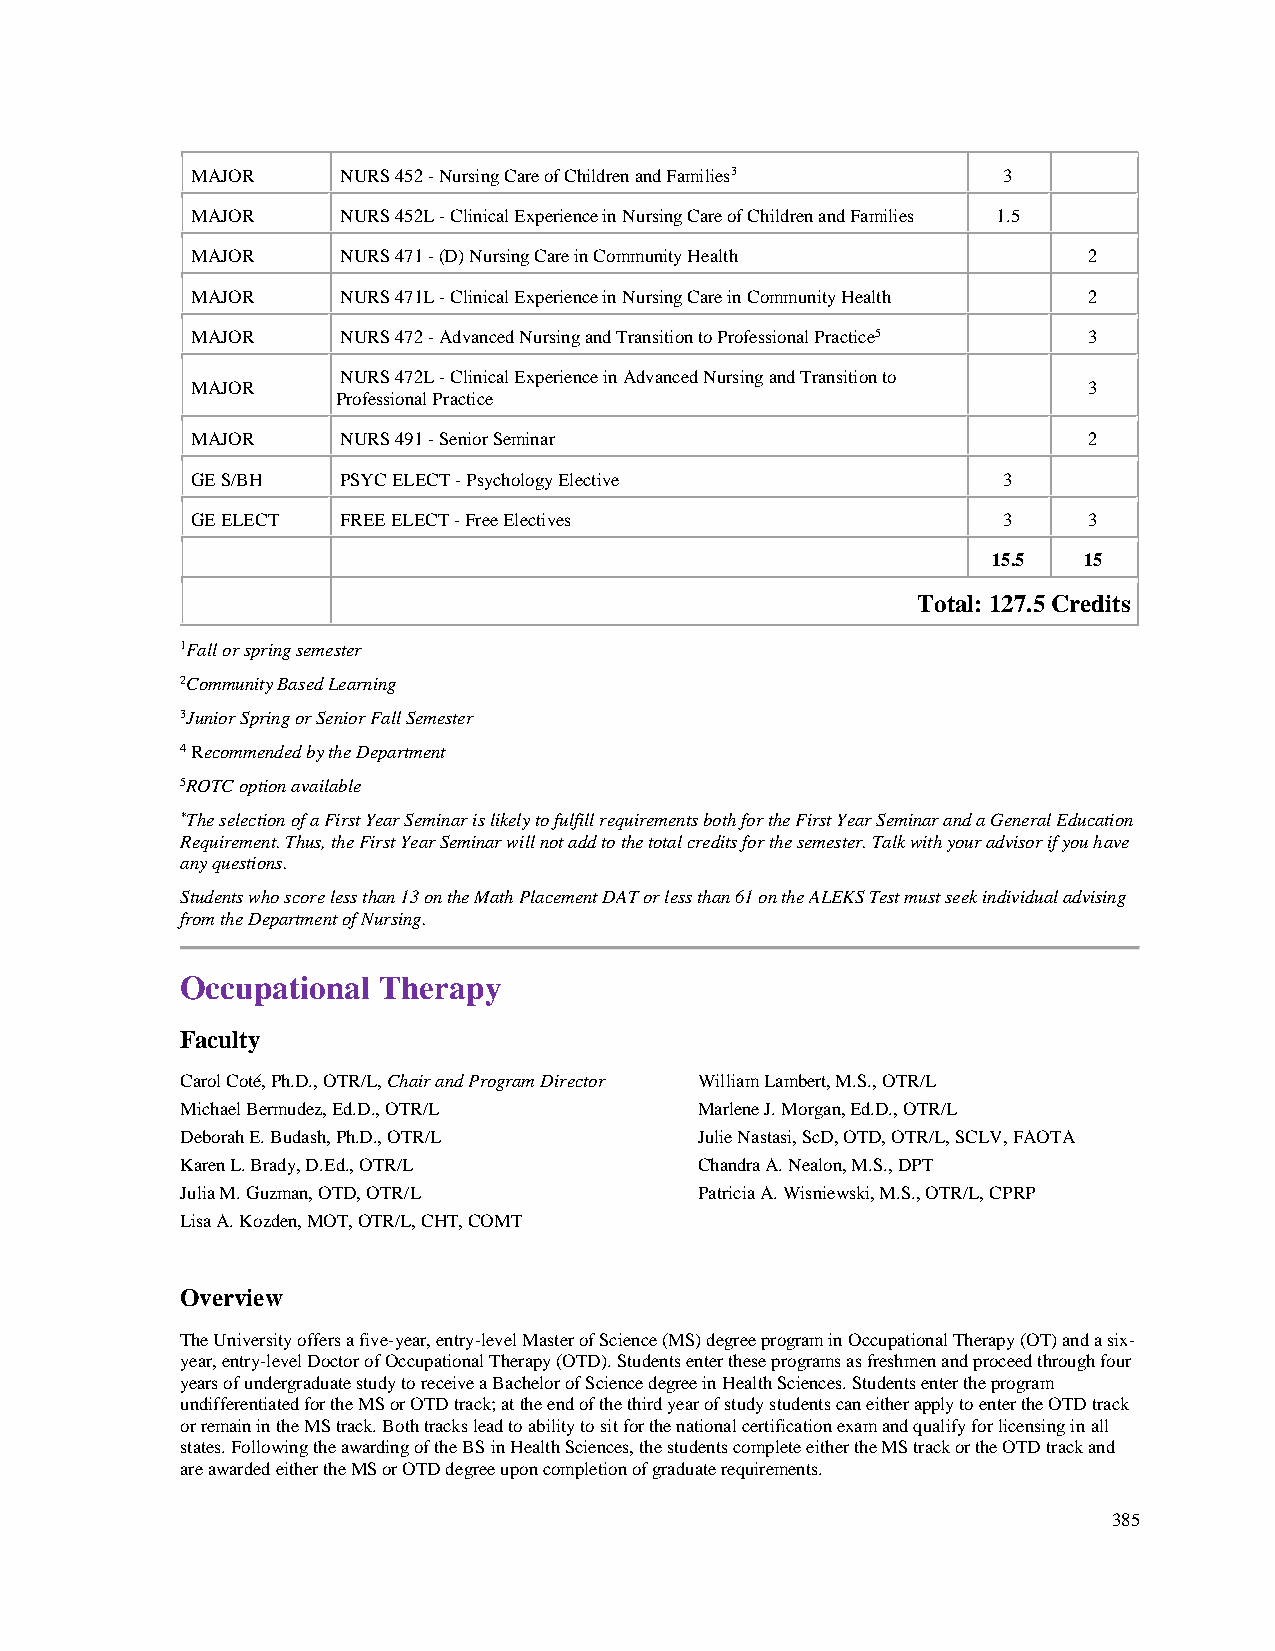
MAJOR     NURS 452 - Nursing Care of Children and Families3 3
 MAJOR     NURS 452L - Clinical Experience in Nursing Care of Children and Families 1.5
 MAJOR     NURS 471 - (D) Nursing Care in Community Health  2
 MAJOR     NURS 471L - Clinical Experience in Nursing Care in Community Health 2
 MAJOR     NURS 472 - Advanced Nursing and Transition to Professional Practice5 3
 NURS 472L - Clinical Experience in Advanced Nursing and Transition to
 MAJOR                                                      3
 Professional Practice
 MAJOR     NURS 491 - Senior Seminar                        2
 GE S/BH   PSYC ELECT - Psychology Elective           3
 GE ELECT  FREE ELECT - Free Electives                3     3
 15.5  15
 Total: 127.5 Credits
 1Fall or spring semester
 2Community Based Learning
 3Junior Spring or Senior Fall Semester
 4 Recommended by the Department
 5ROTC option available
 *The selection of a First Year Seminar is likely to fulfill requirements both for the First Year Seminar and a General Education
 Requirement. Thus, the First Year Seminar will not add to the total credits for the semester. Talk with your advisor if you have
 any questions.
 Students who score less than 13 on the Math Placement DAT or less than 61 on the ALEKS Test must seek individual advising
 from the Department of Nursing.
 Occupational Therapy
 Faculty
 Carol Coté, Ph.D., OTR/L, Chair and Program Director William Lambert, M.S., OTR/L
 Michael Bermudez, Ed.D., OTR/L    Marlene J. Morgan, Ed.D., OTR/L
 Deborah E. Budash, Ph.D., OTR/L   Julie Nastasi, ScD, OTD, OTR/L, SCLV, FAOTA
 Karen L. Brady, D.Ed., OTR/L      Chandra A. Nealon, M.S., DPT
 Julia M. Guzman, OTD, OTR/L       Patricia A. Wisniewski, M.S., OTR/L, CPRP
 Lisa A. Kozden, MOT, OTR/L, CHT, COMT
 Overview
 The University offers a five-year, entry-level Master of Science (MS) degree program in Occupational Therapy (OT) and a six-
 year, entry-level Doctor of Occupational Therapy (OTD). Students enter these programs as freshmen and proceed through four
 years of undergraduate study to receive a Bachelor of Science degree in Health Sciences. Students enter the program
 undifferentiated for the MS or OTD track; at the end of the third year of study students can either apply to enter the OTD track
 or remain in the MS track. Both tracks lead to ability to sit for the national certification exam and qualify for licensing in all
 states. Following the awarding of the BS in Health Sciences, the students complete either the MS track or the OTD track and
 are awarded either the MS or OTD degree upon completion of graduate requirements.
 385